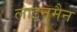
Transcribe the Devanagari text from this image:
लाइनमैन